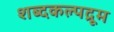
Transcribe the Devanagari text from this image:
शब्दकल्पद्रूम